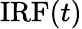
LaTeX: \textrm{IRF}(t)